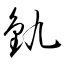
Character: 釚